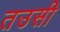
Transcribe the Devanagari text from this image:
तउसी